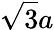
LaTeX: \sqrt{3}a